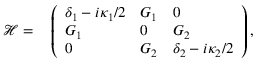
\begin{array} { r l } { \mathcal { H } = } & { { } \left( \begin{array} { l l l } { \delta _ { 1 } - i \kappa _ { 1 } / 2 } & { G _ { 1 } } & { 0 } \\ { G _ { 1 } } & { 0 } & { G _ { 2 } } \\ { 0 } & { G _ { 2 } } & { \delta _ { 2 } - i \kappa _ { 2 } / 2 } \end{array} \right) , } \end{array}